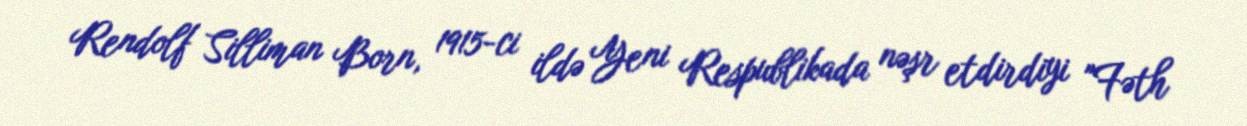
Rendolf Silliman Born, 1915-ci ildə Yeni Respublikada nəşr etdirdiyi "Fəth